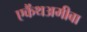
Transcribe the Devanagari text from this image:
एकैंथअमीबा